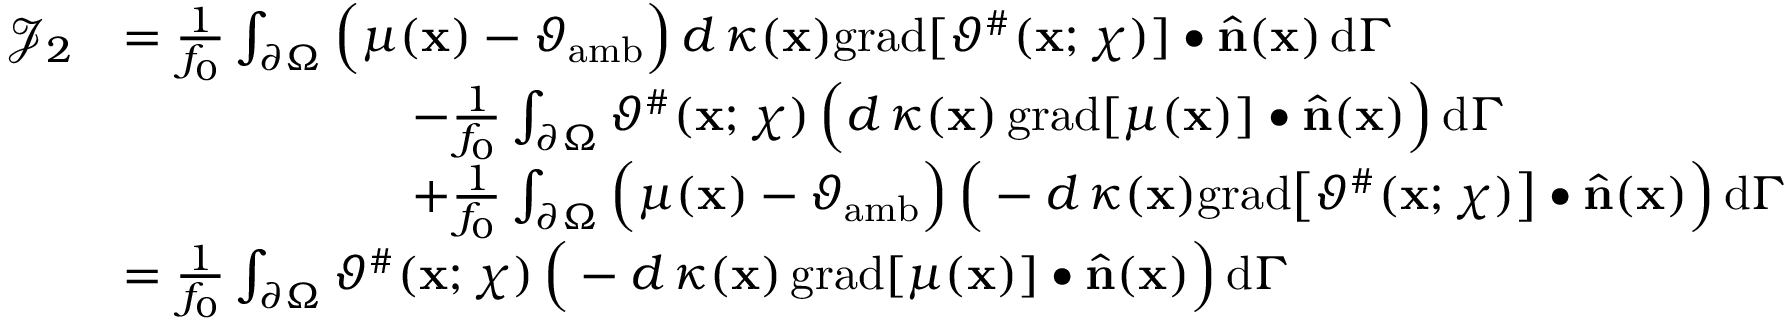
\begin{array} { r l } { \mathcal { J } _ { 2 } } & { = \frac { 1 } { f _ { 0 } } \int _ { \partial \Omega } \Big ( \mu ( \mathbf { x } ) - \vartheta _ { \mathrm { a m b } } \Big ) \, d \, \kappa ( \mathbf { x } ) \mathrm { g r a d } [ \vartheta ^ { \# } ( \mathbf { x } ; \chi ) ] \bullet \widehat { \mathbf { n } } ( \mathbf { x } ) \, \mathrm { d } \Gamma } \\ & { \qquad \qquad \qquad - \frac { 1 } { f _ { 0 } } \int _ { \partial \Omega } \vartheta ^ { \# } ( \mathbf { x } ; \chi ) \, \Big ( d \, \kappa ( \mathbf { x } ) \, \mathrm { g r a d } [ \mu ( \mathbf { x } ) ] \bullet \widehat { \mathbf { n } } ( \mathbf { x } ) \Big ) \, \mathrm { d } \Gamma } \\ & { \qquad \qquad \qquad + \frac { 1 } { f _ { 0 } } \int _ { \partial \Omega } \Big ( \mu ( \mathbf { x } ) - \vartheta _ { \mathrm { a m b } } \Big ) \, \Big ( - d \, \kappa ( \mathbf { x } ) \mathrm { g r a d } \big [ \vartheta ^ { \# } ( \mathbf { x } ; \chi ) \big ] \bullet \widehat { \mathbf { n } } ( \mathbf { x } ) \Big ) \, \mathrm { d } \Gamma } \\ & { = \frac { 1 } { f _ { 0 } } \int _ { \partial \Omega } \vartheta ^ { \# } ( \mathbf { x } ; \chi ) \, \Big ( - d \, \kappa ( \mathbf { x } ) \, \mathrm { g r a d } [ \mu ( \mathbf { x } ) ] \bullet \widehat { \mathbf { n } } ( \mathbf { x } ) \Big ) \, \mathrm { d } \Gamma } \end{array}